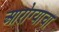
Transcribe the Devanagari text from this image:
आरोग्याचा